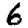
Digit: 6